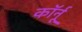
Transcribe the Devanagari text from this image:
कॉर्नू